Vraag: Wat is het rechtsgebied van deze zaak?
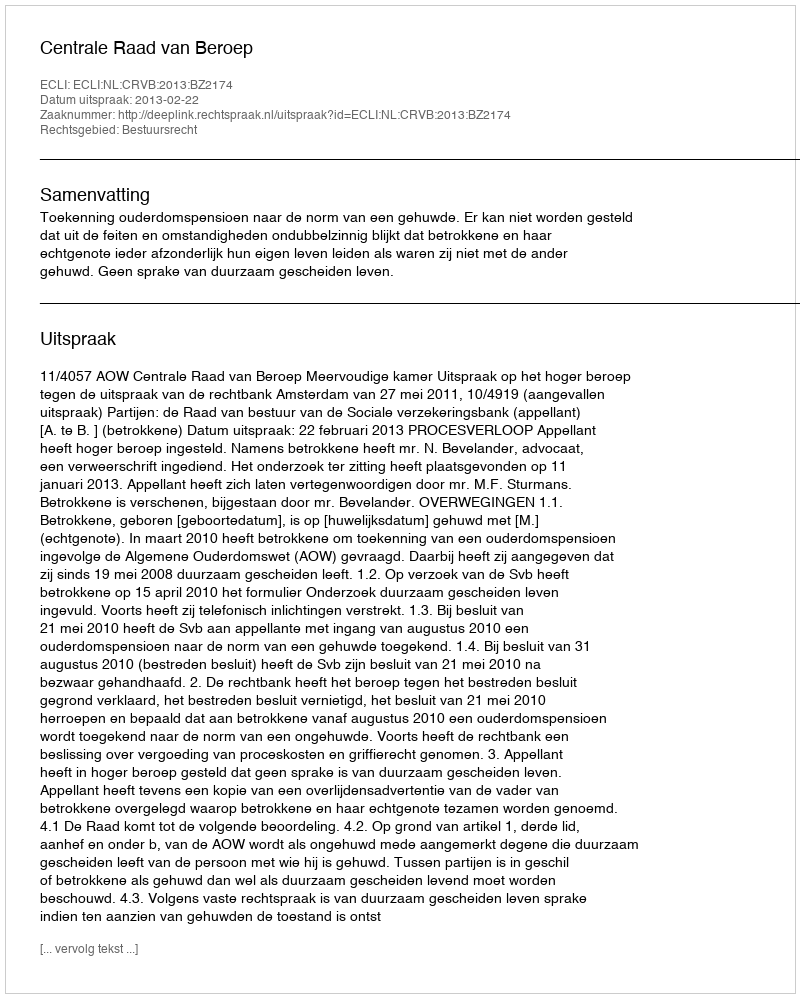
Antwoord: Bestuursrecht